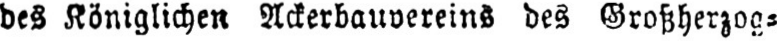
des Königlichen Ackerbauvereins des Großherzog⸗